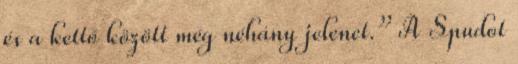
és a kettő között még néhány jelenet.” A Spudot